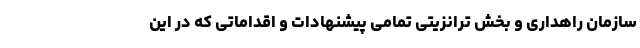
سازمان راهداری و بخش ترانزیتی تمامی پیشنهادات و اقداماتی که در این